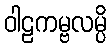
ဝါဠကမ္ဗလမ္ပိ